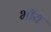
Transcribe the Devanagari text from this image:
भॉय